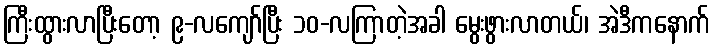
ကြီးထွားလာပြီးတော့ ၉-လကျော်ပြီး ၁၀-လကြာတဲ့အခါ မွေးဖွားလာတယ်၊ အဲဒီကနောက်